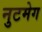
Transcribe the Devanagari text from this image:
नुटमेग